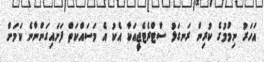
އަހަރު ނިމުމުގެ ކުރިން ރަނގަޅު ސްޓްރެޓެޖީއަކާ އެކު އެ މަސައްކަތް ފަށައިގަންނާނެ ކަމަށް